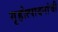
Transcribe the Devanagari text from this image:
गृहोत्पादनांची